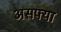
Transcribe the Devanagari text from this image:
असफ्या